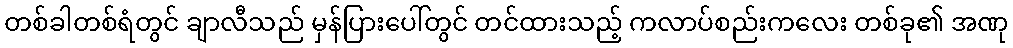
တစ်ခါတစ်ရံတွင် ချာလီသည် မှန်ပြားပေါ်တွင် တင်ထားသည့် ကလာပ်စည်းကလေး တစ်ခု၏ အဏု